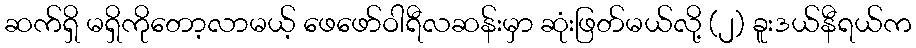
ဆက်ရှိ မရှိကိုတော့လာမယ့် ဖေဖော်ဝါရီလဆန်းမှာ ဆုံးဖြတ်မယ်လို့ (၂) ခူးဒယ်နီရယ်က